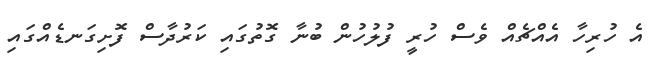
އެ ހުރިހާ އެއްޗެއް ވެސް ހުރީ ފުލުހުން ބުނާ ގޮތުގައި ކަރުދާސް ފޮށިގަނޑެއްގައި